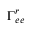
\Gamma _ { e e } ^ { r }